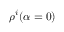
\rho ^ { i } ( \alpha = 0 )